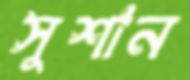
সুশান